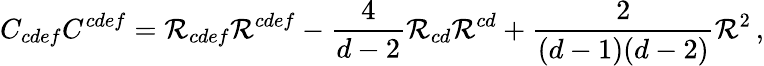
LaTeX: C_{cdef}C^{cdef}=\mathcal{R}_{cdef}\mathcal{R}^{cdef}-{\frac{{4}}{{d-2}}}\mathcal{R}_{cd}\mathcal{R}^{cd}+{\frac{{2}}{{(d-1)(d-2)}}}\mathcal{R}^{2}\, ,